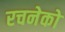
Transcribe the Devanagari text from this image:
रचनेको